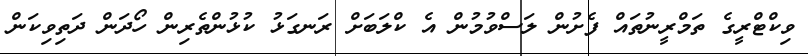
ވިކްޓްރީގެ ތަމްރީނުތައް ފެށުން ލަސްވުމުން އެ ކްލަބަށް ރަނގަޅު ކުޅުންތެރިން ހޯދަން ދަތިވިކަން